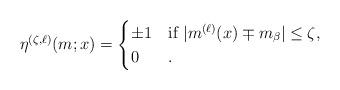
LaTeX: \begin{align*} \eta^{(\zeta,\ell)}(m;x) = \begin{cases} \pm 1 & \text{if $|m^ {(\ell)}(x)\mp m_\beta|\le \zeta$,}\\0 & . \end{cases} \end{align*}